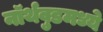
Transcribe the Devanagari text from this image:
नॉर्थवुडमध्ये